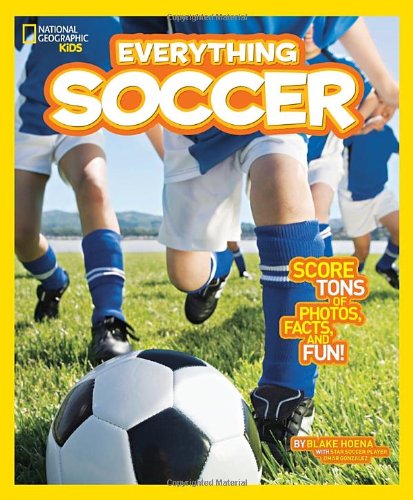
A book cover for National Geographic Kids Everything Soccer: Score Tons of Photos, Facts, and Fun; Blake Hoena; Children's Books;